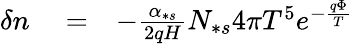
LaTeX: \begin{array}{rlr}{\delta n}&{{}=}&{-\frac{\alpha_{\ast s}}{2qH}N_{\ast s}4\pi T^{5}e^{-\frac{q\Phi}{T}}}\end{array}